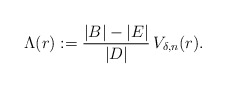
\begin{align*}\Lambda(r):=\frac{|B|-|E|}{|D|}\,V_{\delta,n}(r).\end{align*}